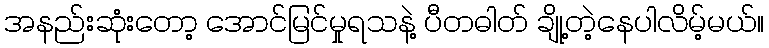
အနည်းဆုံးတော့ အောင်မြင်မှုရသနဲ့ ပီတဓါတ် ချို့တဲ့နေပါလိမ့်မယ်။